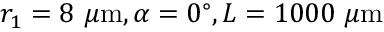
r _ { 1 } = 8 \ { \mu \mathrm { m } } , \alpha = 0 ^ { \circ } , L = 1 0 0 0 \ { \mu \mathrm { m } }